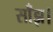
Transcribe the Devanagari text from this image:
साँझ।